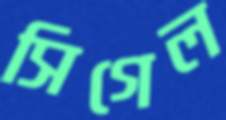
সিগেল